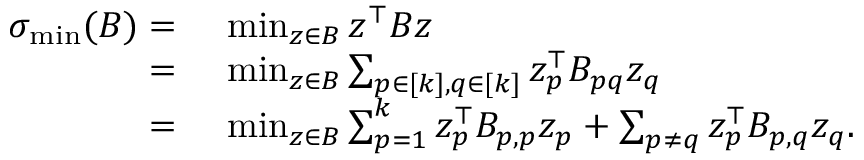
\begin{array} { r l } { \sigma _ { \operatorname* { m i n } } ( B ) = } & { ~ \operatorname* { m i n } _ { z \in { \cal B } } z ^ { \top } B z } \\ { = } & { ~ \operatorname* { m i n } _ { z \in { \cal B } } \sum _ { p \in [ k ] , q \in [ k ] } z _ { p } ^ { \top } B _ { p q } z _ { q } } \\ { = } & { ~ \operatorname* { m i n } _ { z \in { \cal B } } \sum _ { p = 1 } ^ { k } z _ { p } ^ { \top } B _ { p , p } z _ { p } + \sum _ { p \neq q } z _ { p } ^ { \top } B _ { p , q } z _ { q } . } \end{array}